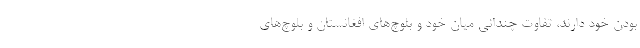
بودن خود دارند، تفاوت چنداني ميان خود و بلوچ‌هاي افغانستان و بلوچ‌هاي